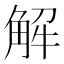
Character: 解